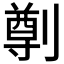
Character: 𠟃